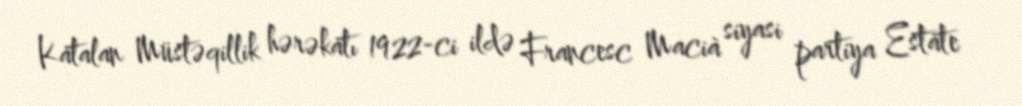
Katalan Müstəqillik hərəkatı 1922-ci ildə Francesc Macià siyasi partiya Estate